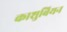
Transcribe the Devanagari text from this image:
काशुबियन